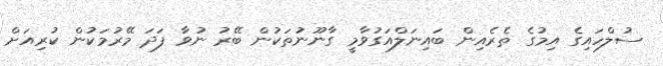
ސުލްހައިގެ އިމުގެ ތެރެއިން ބައިނަލްއަގުވާމީ ގާނޫނުތަކުން ބޭރު ނުވާ ފަދަ މޭރުމަކުން ކުރިއަށް